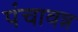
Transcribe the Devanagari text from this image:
पंचावन्न